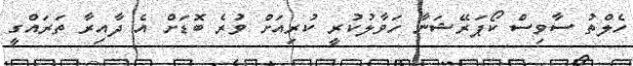
ހެލްތު ސާވިސް ކޯޕަރޭޝަނާ ހަވާލުކުރީ ކުރިއަށް ވުރެ ބޮޑަށް އެ ދާއިރާ ތަރައްގީ